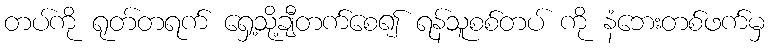
တပ်ကို ရုတ်တရက် ရှေ့သို့ချီတက်စေ၍ ရန်သူစစ်တပ် ကို နံဘေးတစ်ဖက်မှ